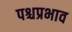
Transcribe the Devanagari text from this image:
पश्चप्रभाव